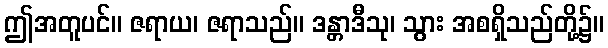
ဤအတူပင်။ ဇရာယ၊ ဇရာသည်။ ဒန္တာဒီသု၊ သွား အစရှိသည်တို့၌။